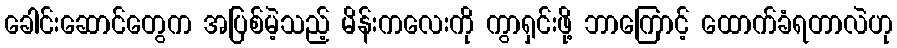
ခေါင်းဆောင်တွေက အပြစ်မဲ့သည့် မိန်းကလေးကို ကွာရှင်းဖို့ ဘာကြောင့် ထောက်ခံရတာလဲဟု